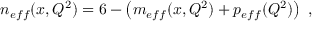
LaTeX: n _ { e f f } ( x , Q ^ { 2 } ) = 6 - \left( m _ { e f f } ( x , Q ^ { 2 } ) + p _ { e f f } ( Q ^ { 2 } ) \right) \ ,